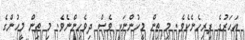
އަހަރުގެ ފިރިހެނެކެވެ. މި ތިން މީހުންނަކީ ވެސް ދިވެހިންނެވެ. މި ތިން މީހުންގެ